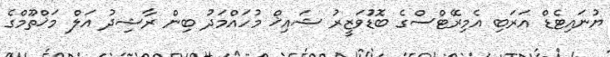
ޔުނައިޓެޑް އަރަބި އެމިރޭޓްސްގެ ބޮޑުުވަަޒީރު ޝައިޚް މުހައްމަދު ބިން ރާޝިދު އަލް މަޚްތޫމްގެ